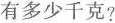
有多少千克?